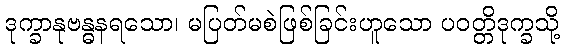
ဒုက္ခာနုဗန္ဓနရသော၊ မပြတ်မစဲဖြစ်ခြင်းဟူသော ပဝတ္တိဒုက္ခသို့